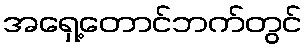
အရှေ့တောင်ဘက်တွင်